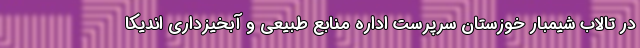
در تالاب شیمبار خوزستان سرپرست اداره منابع طبیعی و آبخیزداری اندیکا